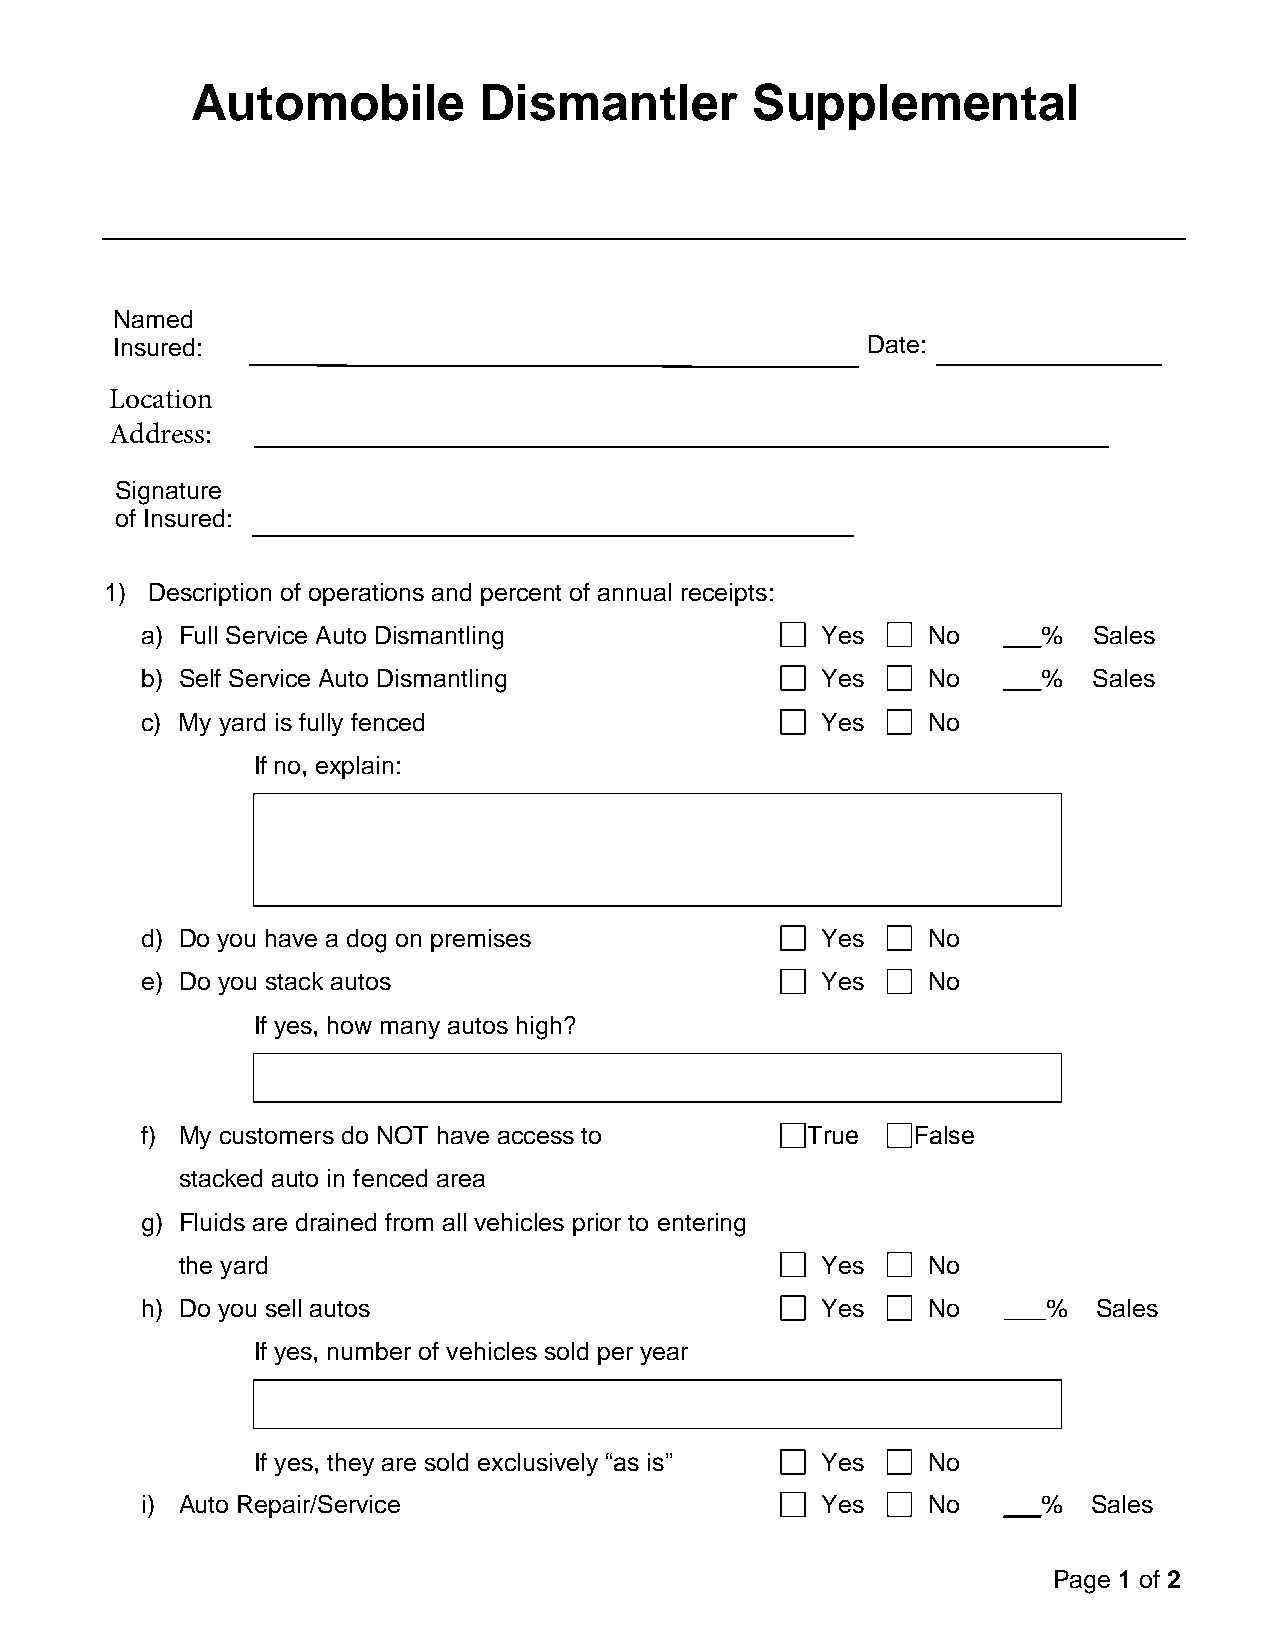
Automobile         Dismantler          upplemental
 S
 Named
 Insured:                                          Date:
 Location
 Address:
 Signature
 of Insured:
 1) Description of operations and percent of annual receipts:
 a) Full Service Auto Dismantling             Yes    No   ___%  Sales
 b) Self Service Auto Dismantling             Yes    No   ___%  Sales
 c) My yard is fully fenced                   Yes    No
 If no, explain:
 d) Do you have a dog on premises             Yes    No
 e) Do you stack autos                        Yes    No
 If yes, how many autos high?
 f) My customers do NOT have access to       True    False
 stacked auto in fenced area
 g) Fluids are drained from all vehicles prior to entering
 the yard                                  Yes    No
 h) Do you sell autos                         Yes    No   ___%   Sales
 If yes, number of vehicles sold per year
 If yes, they are sold exclusively “as is” Yes No
 i) Auto Repair/Service                       Yes    No   ___%  Sales
 Page 1 of 2